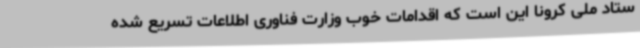
ستاد ملی کرونا این است که اقدامات خوب وزارت فناوری اطلاعات تسریع شده